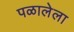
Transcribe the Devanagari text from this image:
पळालेला